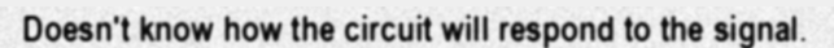
Doesn't know how the circuit will respond to the signal.